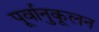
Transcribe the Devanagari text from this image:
पूर्वानुकूलन